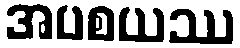
အပစယဿ